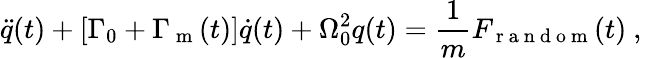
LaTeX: \ddot{q}(t)+\left[\Gamma_{0}+\Gamma_{\mathrm{~m~}}(t)\right]\dot{q}(t)+\Omega_{0}^{2}q(t)=\frac{1}{m}F_{\mathrm{~r~a~n~d~o~m~}}(t)\mathrm{~,~}